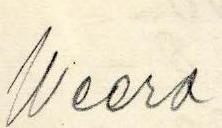
Weera